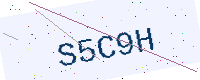
Text: S5C9H